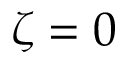
\zeta = 0